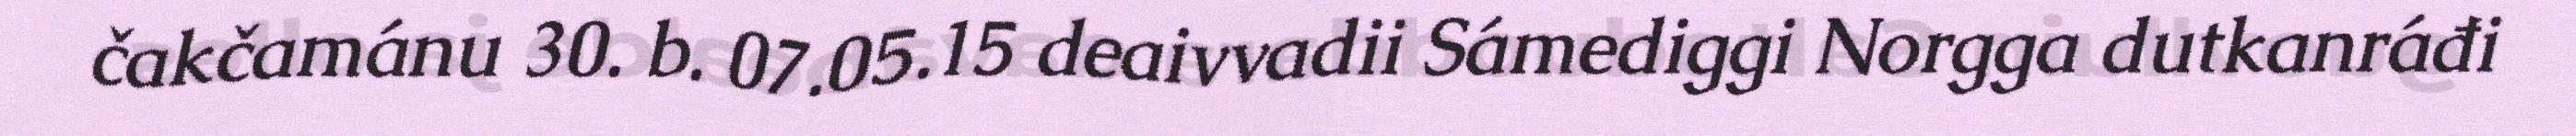
čakčamánu 30. b. 07.05.15 deaivvadii Sámediggi Norgga dutkanráđi